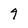
Character: 9